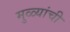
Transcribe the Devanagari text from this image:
मुळ्यांची